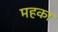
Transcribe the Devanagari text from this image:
महका